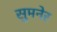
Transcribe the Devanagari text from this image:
सुमनेर